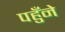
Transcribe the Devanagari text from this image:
पहुँने